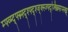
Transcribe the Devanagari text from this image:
म्फ्व्म्द्फ्म्न्फ्द्श्फ्द्श्ज्क्स्ज्फ्द्ज्ख्स्र्फिप्स्व्झ्र्